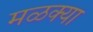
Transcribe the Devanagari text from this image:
मळक्या